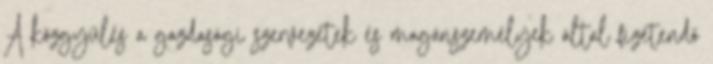
A közgyűlés a gazdasági szervezetek és magánszemélyek által fizetendő